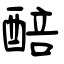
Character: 醅